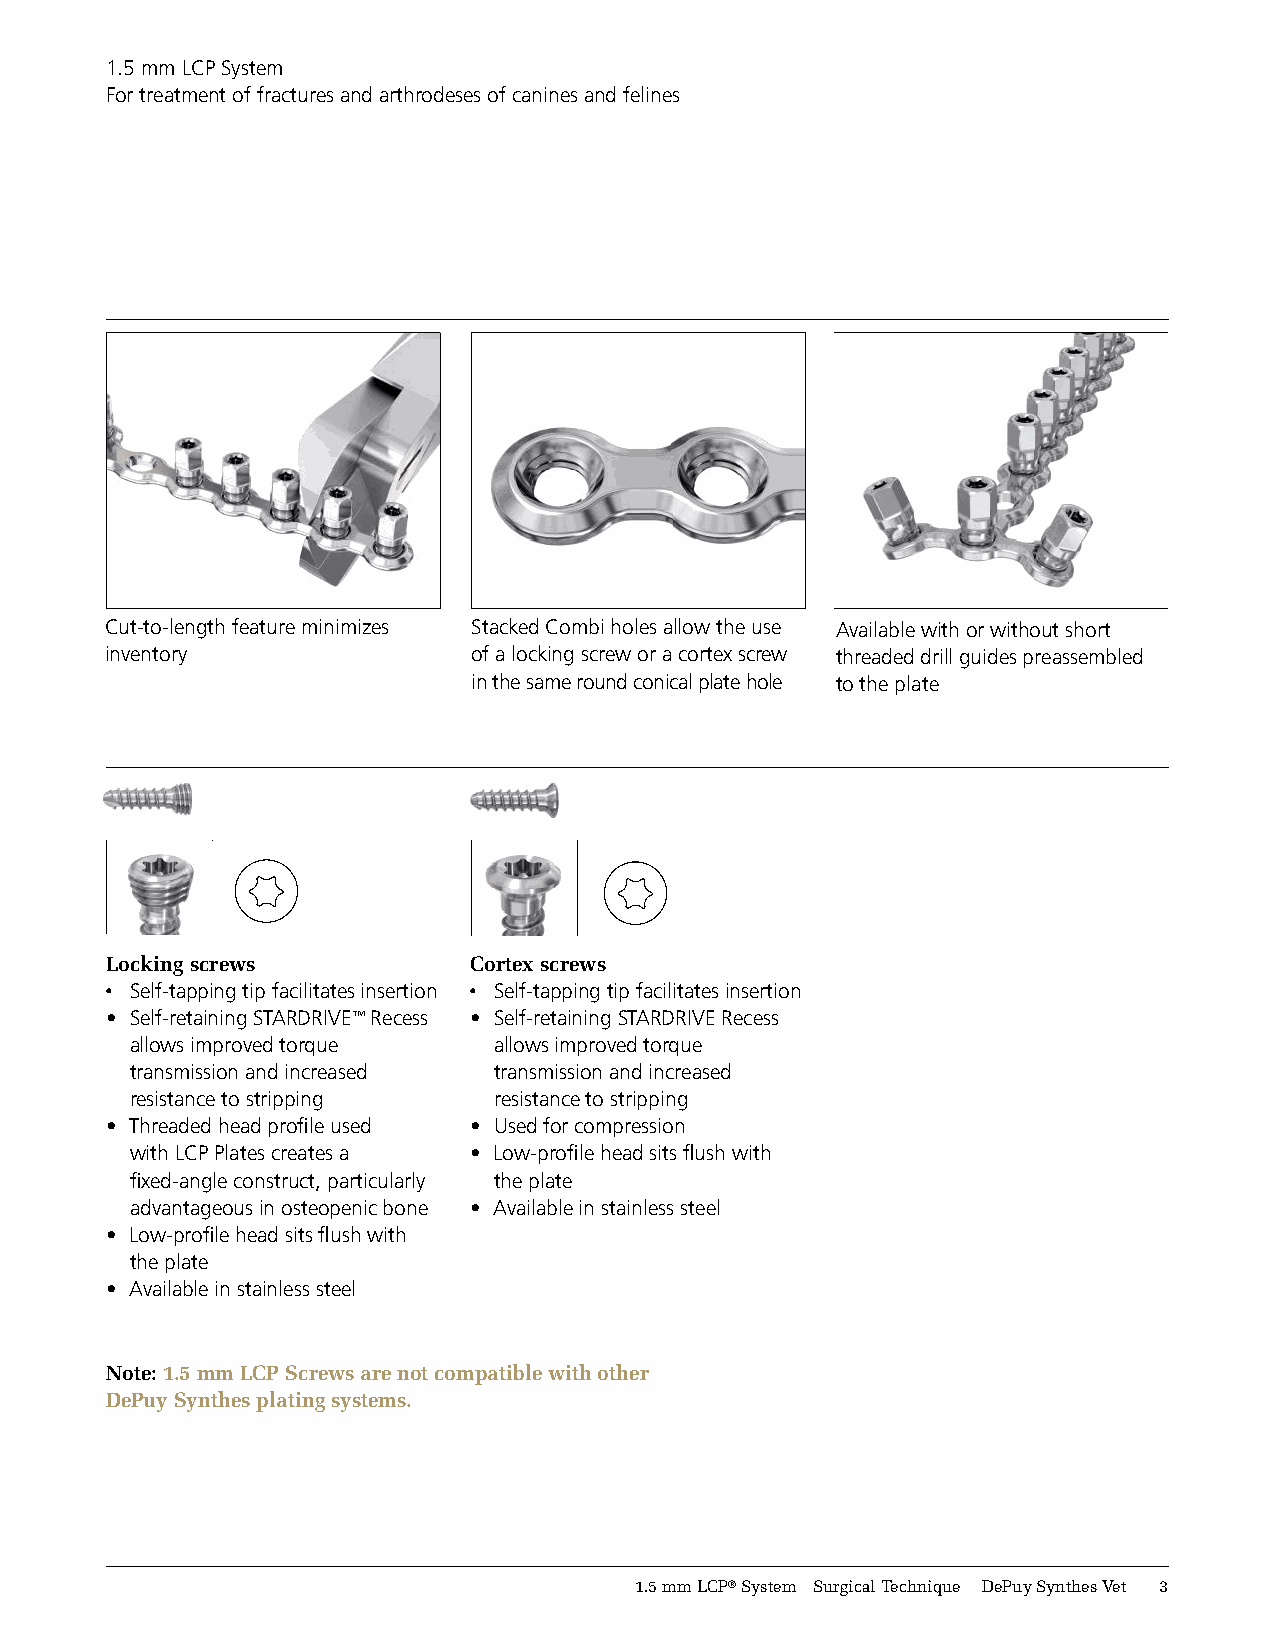
1.5 mm LCP System
 For treatment of fractures and arthrodeses of canines and felines
 preassem-
 bled plate
 Cut-to-length feature minimizes Stacked Combi holes allow the use Available with or without short
 inventory               of a locking screw or a cortex screw threaded drill guides preassembled
 in the same round conical plate hole to the plate
 Locking screws          Cortex screws
 • Self-tapping tip facilitates insertion • Self-tapping tip facilitates insertion
 • Self-retaining STARDRIVE™ Recess • Self-retaining STARDRIVE Recess
 allows improved torque  allows improved torque
 transmission and increased transmission and increased
 resistance to stripping resistance to stripping
 • Threaded head profi le used • Used for compression
 with LCP Plates creates a • Low-profi le head sits fl ush with
 fi xed-angle construct, particularly the plate
 advantageous in osteopenic bone • Available in stainless steel
 • Low-profi le head sits fl ush with
 the plate
 • Available in stainless steel
 Note:1.5 mm LCP Screws are not compatible with other
 DePuy Synthes plating systems.
 1.5mmLCP®System SurgicalTechnique DePuySynthesVet 2